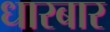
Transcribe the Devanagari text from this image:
धारबार